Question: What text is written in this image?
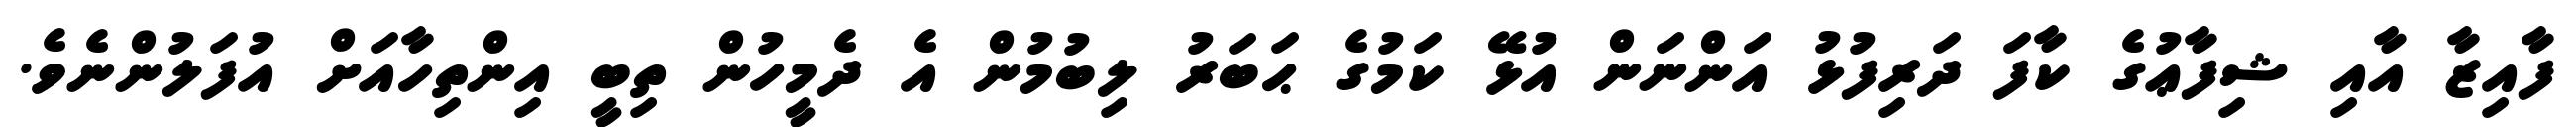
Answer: ފާއިޒާ އާއި ޝިފާޢުގެ ކާފަ ދަރިފުޅު އަންނަން އުޅޭ ކަމުގެ ޙަބަރު ލިބުމުން އެ ދެމީހުން ތިބީ އިންތިހާއަށް އުފަލުންނެވެ.